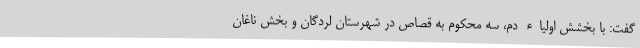
گفت: با بخشش اولیاء دم، سه محکوم به قصاص در شهرستان لردگان و بخش ناغان